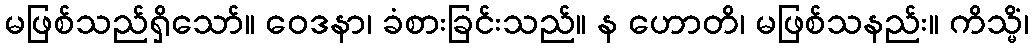
မဖြစ်သည်ရှိသော်။ ဝေဒနာ၊ ခံစားခြင်းသည်။ န ဟောတိ၊ မဖြစ်သနည်း။ ကိသ္မိံ၊